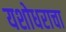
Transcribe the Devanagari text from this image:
यशोधराचा